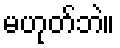
မဟုတ်ဘဲ။